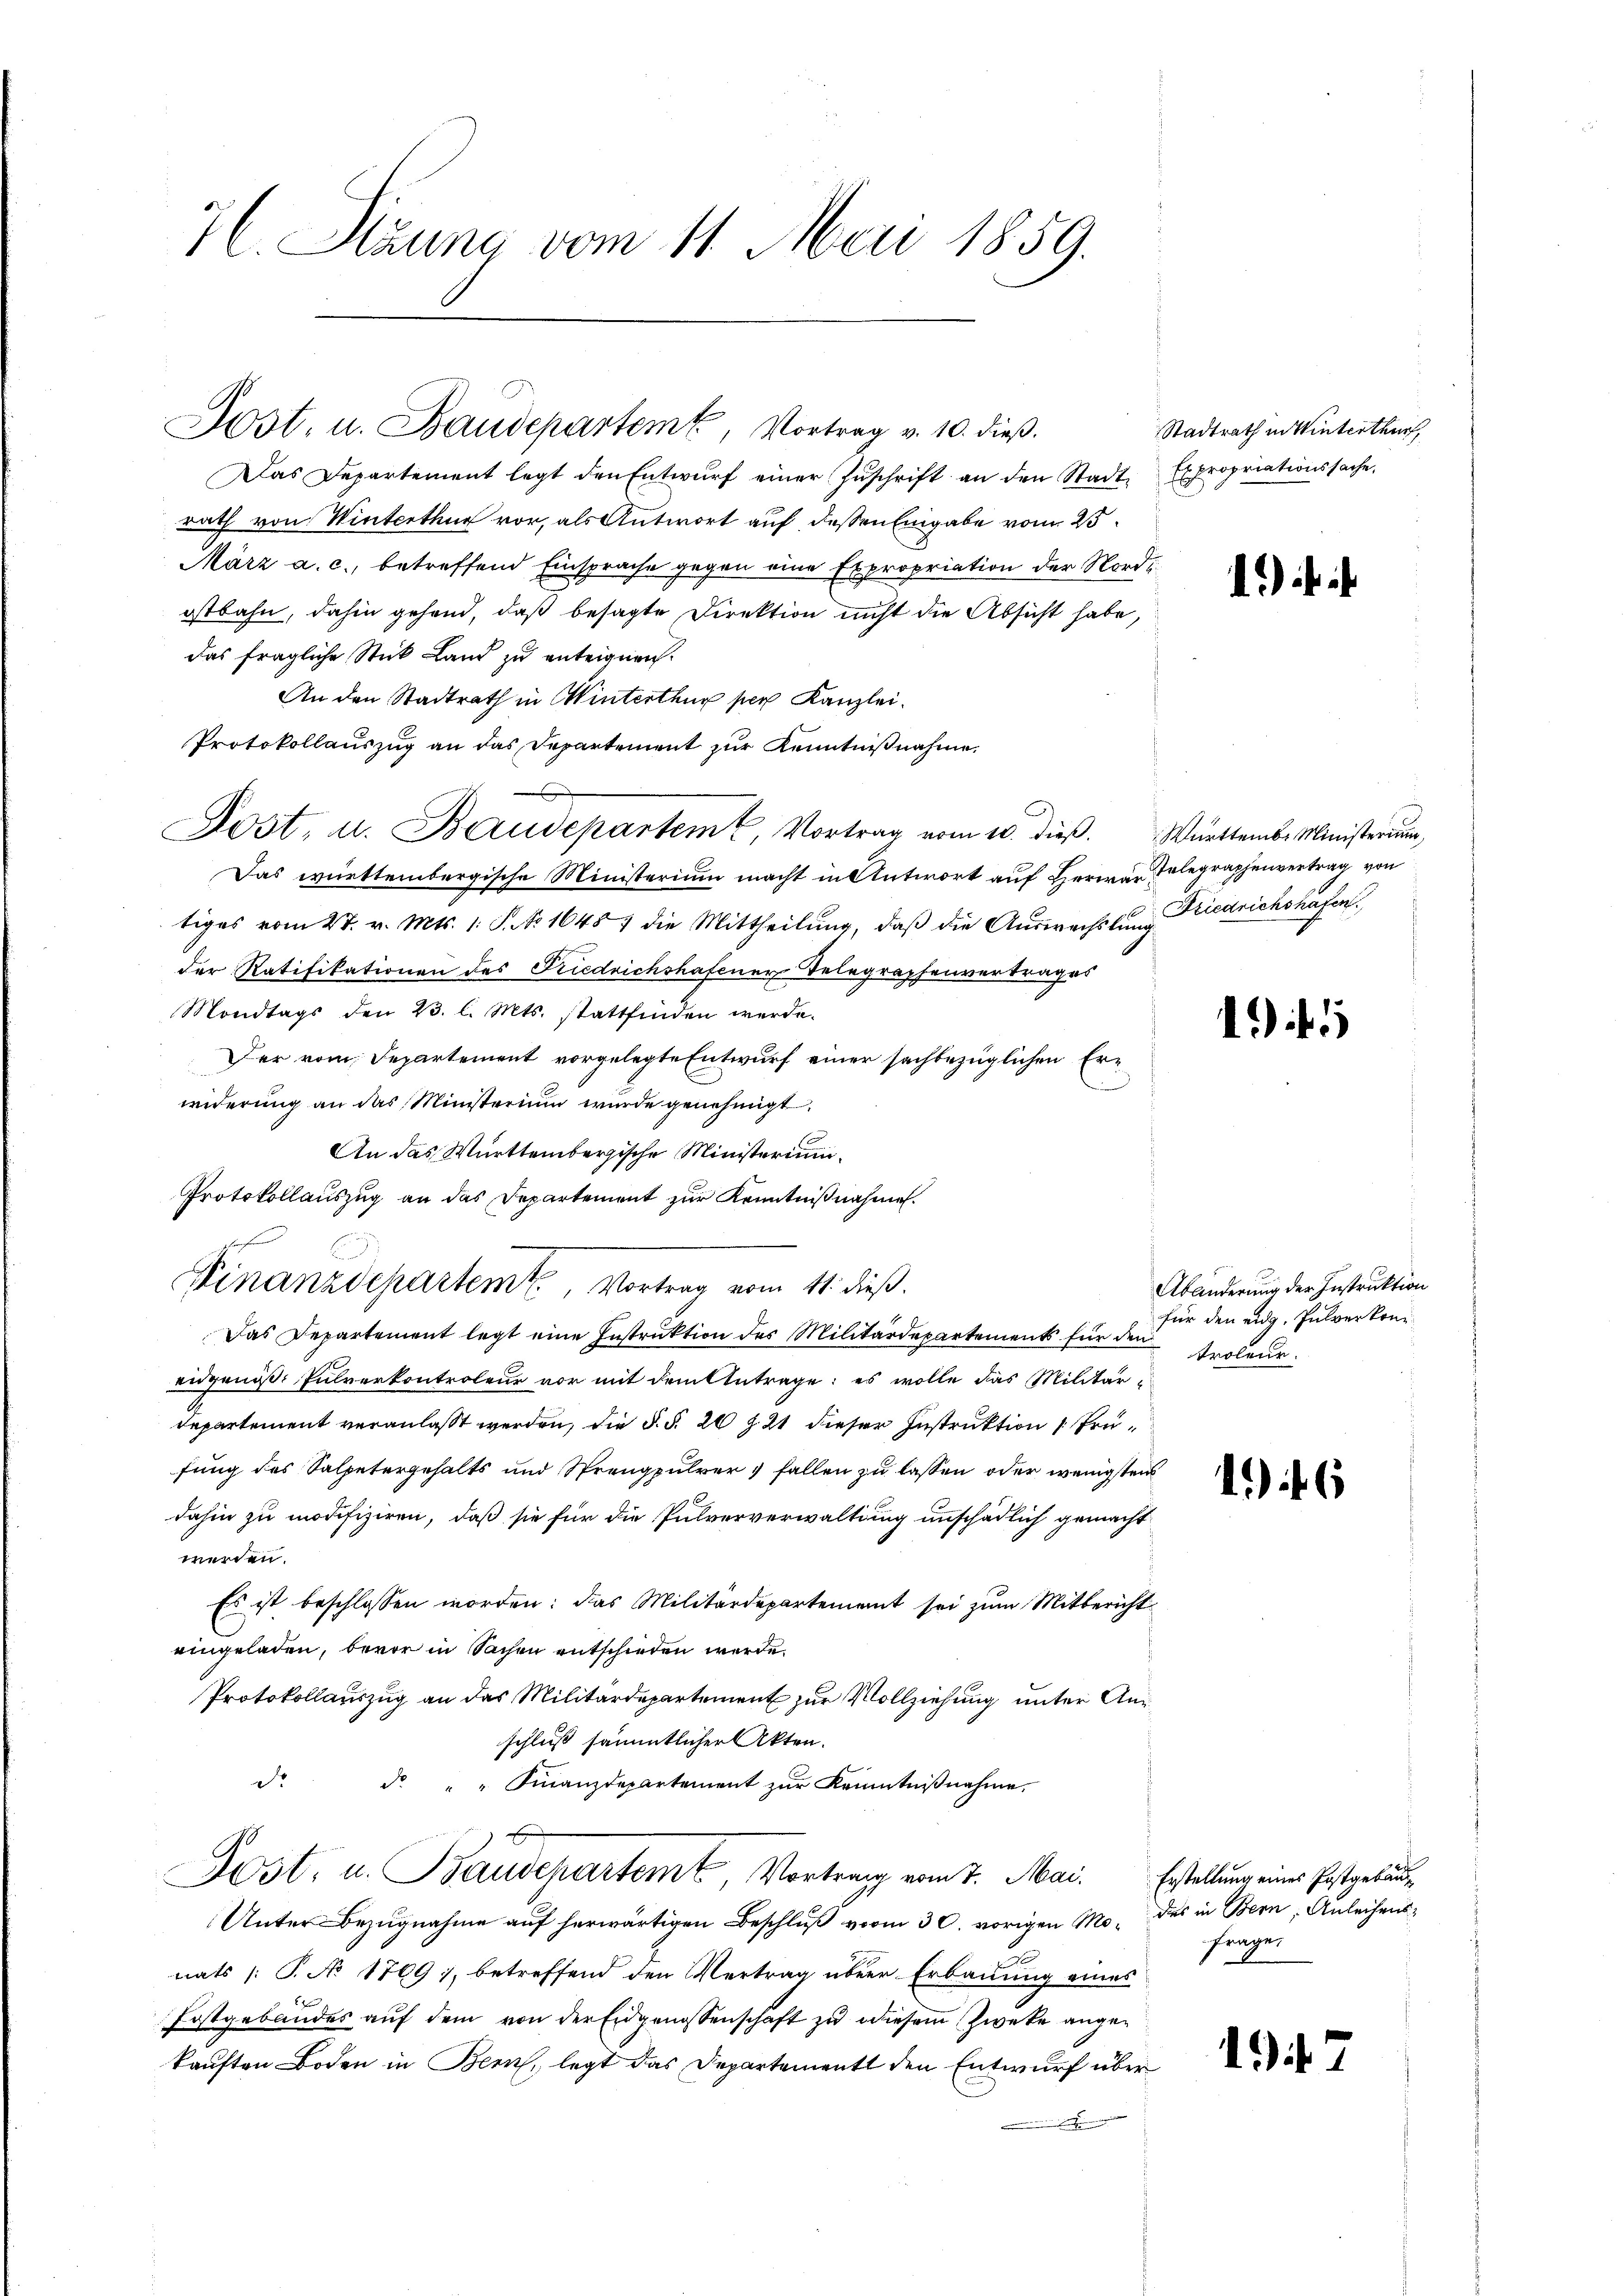
7. Stauna vom 11. Mai 1859.

Das Departement legt den Entwurf einer Zuschrift an den Stadt Expropriationssache,
rath von Winterthur vor, als Antwort auf dessen Eingabe vom 25.
März a. c., betreffend Einsprache gegen eine Expropriation der Nordostbahn, dahin gehend, daß besagte Direktion nicht die Absicht habe,
das fragliche Stick Land zu enteignen.
An den Stadtrath in Winterthur per Kanzlei.
Protokollauszug an das Departement zur Kenntnißnahme.
Dost, u. Baudepartem u. Vortrag vom 10. dieß. Württember Ministerium,
Das württembergische Ministerium macht in Antwort auf Herrn Gelegraphenvertrag von
tiges vom 27. v. Mts. 1. P. No 1645 7 die Mittheilŭng, daβ die Aŭswachslung Friedrichshafen
der Ratifikationen des Kriedrichshafener Telegraphenvertrages
Mondtags den 23. l. Mts. stattfinden werde.
Der vom Departement vorgelegte Entwurf einer sachbezüglichen Erwiderung an das Ministerium wurde genehmigt.
An das Württembergische Ministerium.
Protokollauszug an das Departement zur Kenntnißnahmen.
gefe
Finanzdepartem, Vortrag vom 11. dieß.
Das Departement legt eine Instruktion des Militärdepartements für den Verheur
eidgenöß: Pulverkontroleur vor mit dem Antrage: es wolle das Militär-
departement veranlaßt werden, die §. §. 20 Z. 21 dieser Instruktion Prüfung des Salpetergehalts und Sprengpulver, fallen zu lassen oder wenigstens
dahin zu modifiziren, daß sie für die Pulververwaltung unschädlich gemacht
werden.
Es ist beschlossen worden: das Militärdepartement sei zum Mitbericht
eingeladen, bevor in Sachen entschieden werde.
Protokollauszug an das Militärdepartement zur Vollziehung unter Anschluß sämmtlicher Akten.
d
d " " Finanzdepartement zŭr Kenntniβnahme.
Dost, u. Baudepartemt, Vortrag vom 7. Mai. Erstellung eines Erstgebäu¬
Unter Bezugnahme auf herwärtigen Beschluß vom 30. vorigen Mo- des in Bern, Anleihensnats /: P. No 1769), betreffend den Vertrag über Erbauung eines
Fostgebäudes auf dem von der Eidgenossenschaft zu diesem Zweke angekauften Boden in Bern, legt das Departement den Entwurf über

Post. u. Baudeparteme, Vortrag v. 10. dieβ.

Stadtrath in Winterthur,

1) i

1

Abänderung der Instruktion
für den eidg. Pulverkon¬

16

frage.

497